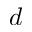
d